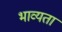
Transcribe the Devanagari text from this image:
भाव्‍यता